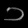
Digit: ၁